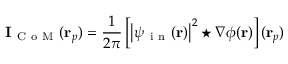
\mathbf { I } _ { \mathrm { ~ C ~ o ~ M ~ } } ( \mathbf { r } _ { p } ) = \frac { 1 } { 2 \pi } \left[ \left| \psi _ { \mathrm { ~ i ~ n ~ } } ( \mathbf { r } ) \right| ^ { 2 } \star \nabla \phi ( \mathbf { r } ) \right] ( \mathbf { r } _ { p } )